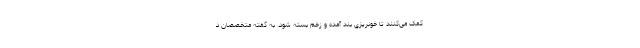
کمک می‌کنند تا خونریزی بند آمده و زخم بسته شود. به گفته متخصصان د